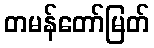
တမန်တော်မြတ်